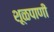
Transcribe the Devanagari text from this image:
शूळपाणी